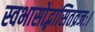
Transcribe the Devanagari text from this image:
स्वभासोद्भासितव्रजः।